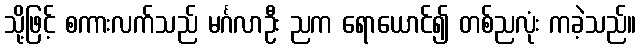
သို့ဖြင့် စကားလက်သည် မင်္ဂလာဦး ညက ရောယောင်၍ တစ်ညလုံး ကခဲ့သည်။